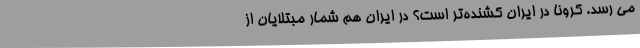
می رسد. کرونا در ایران کشنده‌تر است؟ در ایران هم شمار مبتلایان از